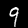
Label: 9